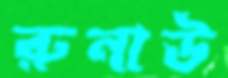
রুনাউ